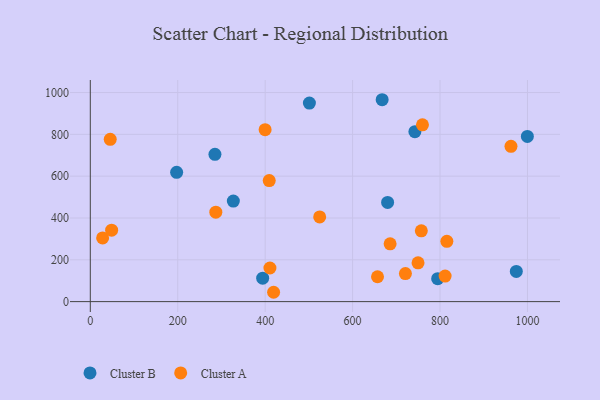
{"axis": {"x": "Speed", "y": "Exam Score"}, "legend": ["Cluster A", "Cluster B"], "data": [{"x": "974.5", "y": 144.6, "type": "Cluster B"}, {"x": "501.2", "y": 949.6, "type": "Cluster B"}, {"x": "394.3", "y": 112.1, "type": "Cluster B"}, {"x": "794.6", "y": 109.6, "type": "Cluster B"}, {"x": "999.8", "y": 790.0, "type": "Cluster B"}, {"x": "197.5", "y": 618.5, "type": "Cluster B"}, {"x": "285.1", "y": 704.4, "type": "Cluster B"}, {"x": "327.2", "y": 480.8, "type": "Cluster B"}, {"x": "680.1", "y": 474.3, "type": "Cluster B"}, {"x": "742.5", "y": 813.1, "type": "Cluster B"}, {"x": "667.6", "y": 965.7, "type": "Cluster B"}, {"x": "811.6", "y": 122.1, "type": "Cluster A"}, {"x": "28.2", "y": 304.5, "type": "Cluster A"}, {"x": "759.8", "y": 845.6, "type": "Cluster A"}, {"x": "720.8", "y": 134.3, "type": "Cluster A"}, {"x": "962.3", "y": 743.0, "type": "Cluster A"}, {"x": "749.7", "y": 185.7, "type": "Cluster A"}, {"x": "410.9", "y": 160.8, "type": "Cluster A"}, {"x": "45.6", "y": 776.3, "type": "Cluster A"}, {"x": "409.3", "y": 579.1, "type": "Cluster A"}, {"x": "399.9", "y": 822.3, "type": "Cluster A"}, {"x": "815.6", "y": 288.5, "type": "Cluster A"}, {"x": "757.2", "y": 338.5, "type": "Cluster A"}, {"x": "419.3", "y": 44.7, "type": "Cluster A"}, {"x": "685.8", "y": 276.3, "type": "Cluster A"}, {"x": "524.7", "y": 405.3, "type": "Cluster A"}, {"x": "657.0", "y": 119.0, "type": "Cluster A"}, {"x": "287.1", "y": 427.9, "type": "Cluster A"}, {"x": "48.8", "y": 341.9, "type": "Cluster A"}]}